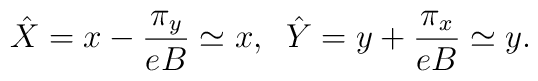
\hat X=x-\frac{\pi_{y}}{eB}\simeq x,\;\;\hat Y=y+\frac{\pi_{x}}{eB}\simeq y.